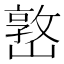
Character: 𡼖